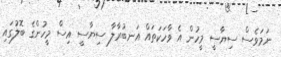
ނަމަވެސް ސިޔާސީ މީހުން އެ ވާހަކަތައް އަނބުރާލާ ސިޔާސީ އިސް މީހުންގެ ބޮލުގައި